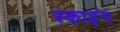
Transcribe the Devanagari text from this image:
स्‍काइंग